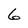
Character: 6